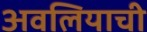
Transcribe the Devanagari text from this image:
अवलियाची